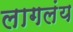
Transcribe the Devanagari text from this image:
लागलंय